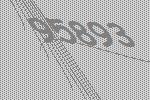
95893